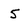
Character: 5